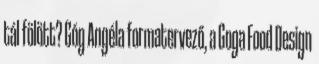
tál fölött? Góg Angéla formatervező, a Goga Food Design